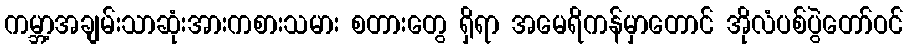
ကမ္ဘာ့အချမ်းသာဆုံးအားကစားသမား စတားတွေ ရှိရာ အမေရိကန်မှာတောင် အိုလံပစ်ပွဲတော်ဝင်